Annual administration and progress report of the Indian Medical Department, Bombay
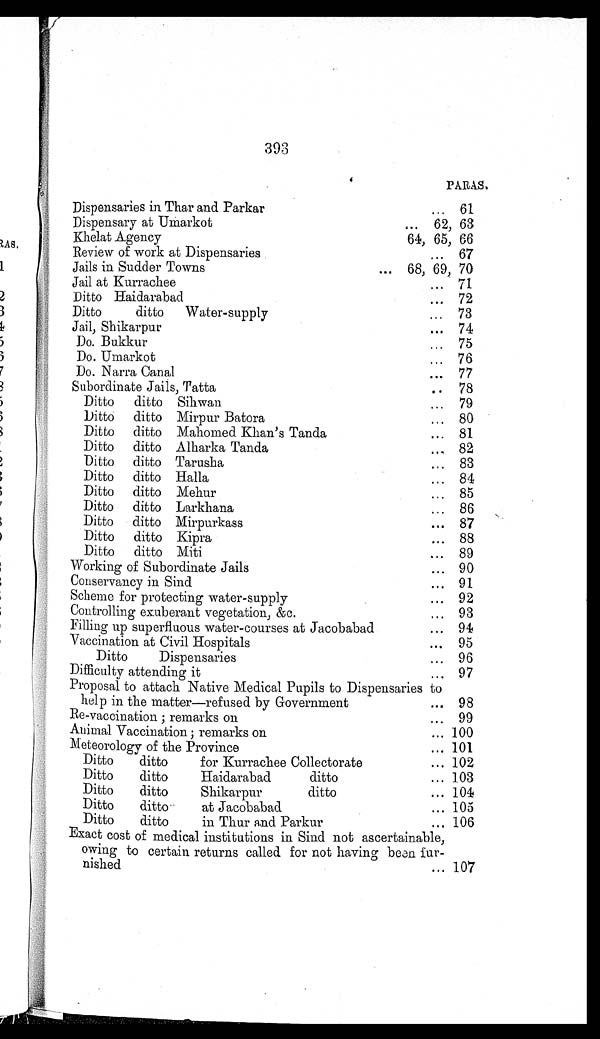
393
PARAS.
Dispensaries in Thar and Parkar . . .
61
Dispensary at Umarkot . . .
62, 63
Khelat Agency
64, 65, 66
Review of work at Dispensaries . . .
67
Jails in Sudder Towns . . .
68, 69, 70
Jail at Kurrachee . . .
71
Ditto
Haidarabad . . .
72
Ditto ditto Water-supply . . .
73
Jail,
Shikarpur
.
.
.
74
Do.
Bukkur
.
.
.
75
Do.
Umarkot
.
.
.
76
Do. Narra Canal . . .
77
Subordinate Jails, Tatta . . .
78
Ditto ditto Sihwan . . .
79
Ditto ditto Mirpur Batora . . .
80
Ditto ditto Mahomed Khan's Tanda . . .
81
Ditto ditto Alharka Tanda . . .
82
Ditto ditto Tarusha
. . . 83
Ditto ditto Halla . . .
84
Ditto ditto Mehur . . .
85
Ditto ditto Larkhana . . .
86
Ditto ditto Mirpurkass . . .
87
Ditto ditto Kipra . . .
88
Ditto ditto Miti . . .
89
Working of Subordinate Jails . . . 90
Conservancy in Sind . . .
91
Scheme for protecting water-supply . . .
92
Controlling exuberant vegetation, &c. . . .
93
Filling up superfluous water-courses at Jacobabad . . .
94
Vaccination at Civil Hospitals . . .
95
Ditto Dispensaries . . .
96
Difficulty attending it . . .
97
Proposal to attach Native Medical Pupils to Dispensaries to
help in the matter—refused by Government . . .
98
Re-vaccination ; remarks on . . .
99
Animal Vaccination; remarks on . . . 100
Meteorology of the Province . . . 101
Ditto ditto for Kurrachee Collectorate . . . 102
Ditto ditto Haidarabad ditto . . . 103
Ditto ditto Shikarpur
ditto . . . 104
Ditto ditto at Jacobabad . . . 105
Ditto ditto in Thur and Parkur . . . 106
Exact cost of medical institutions in Sind not ascertainable,
owing to certain returns called for not having bean fur-
nished
.
.
. 107